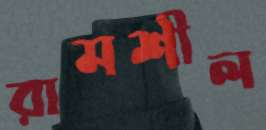
রামশীল